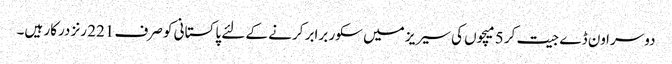
دوسرا ون ڈے جیت کر 5 میچوں کی سیریز میں سکور برابر کرنے کے لئے پاکستانی کو صرف 221 رنز درکار ہیں۔